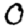
Digit: 0